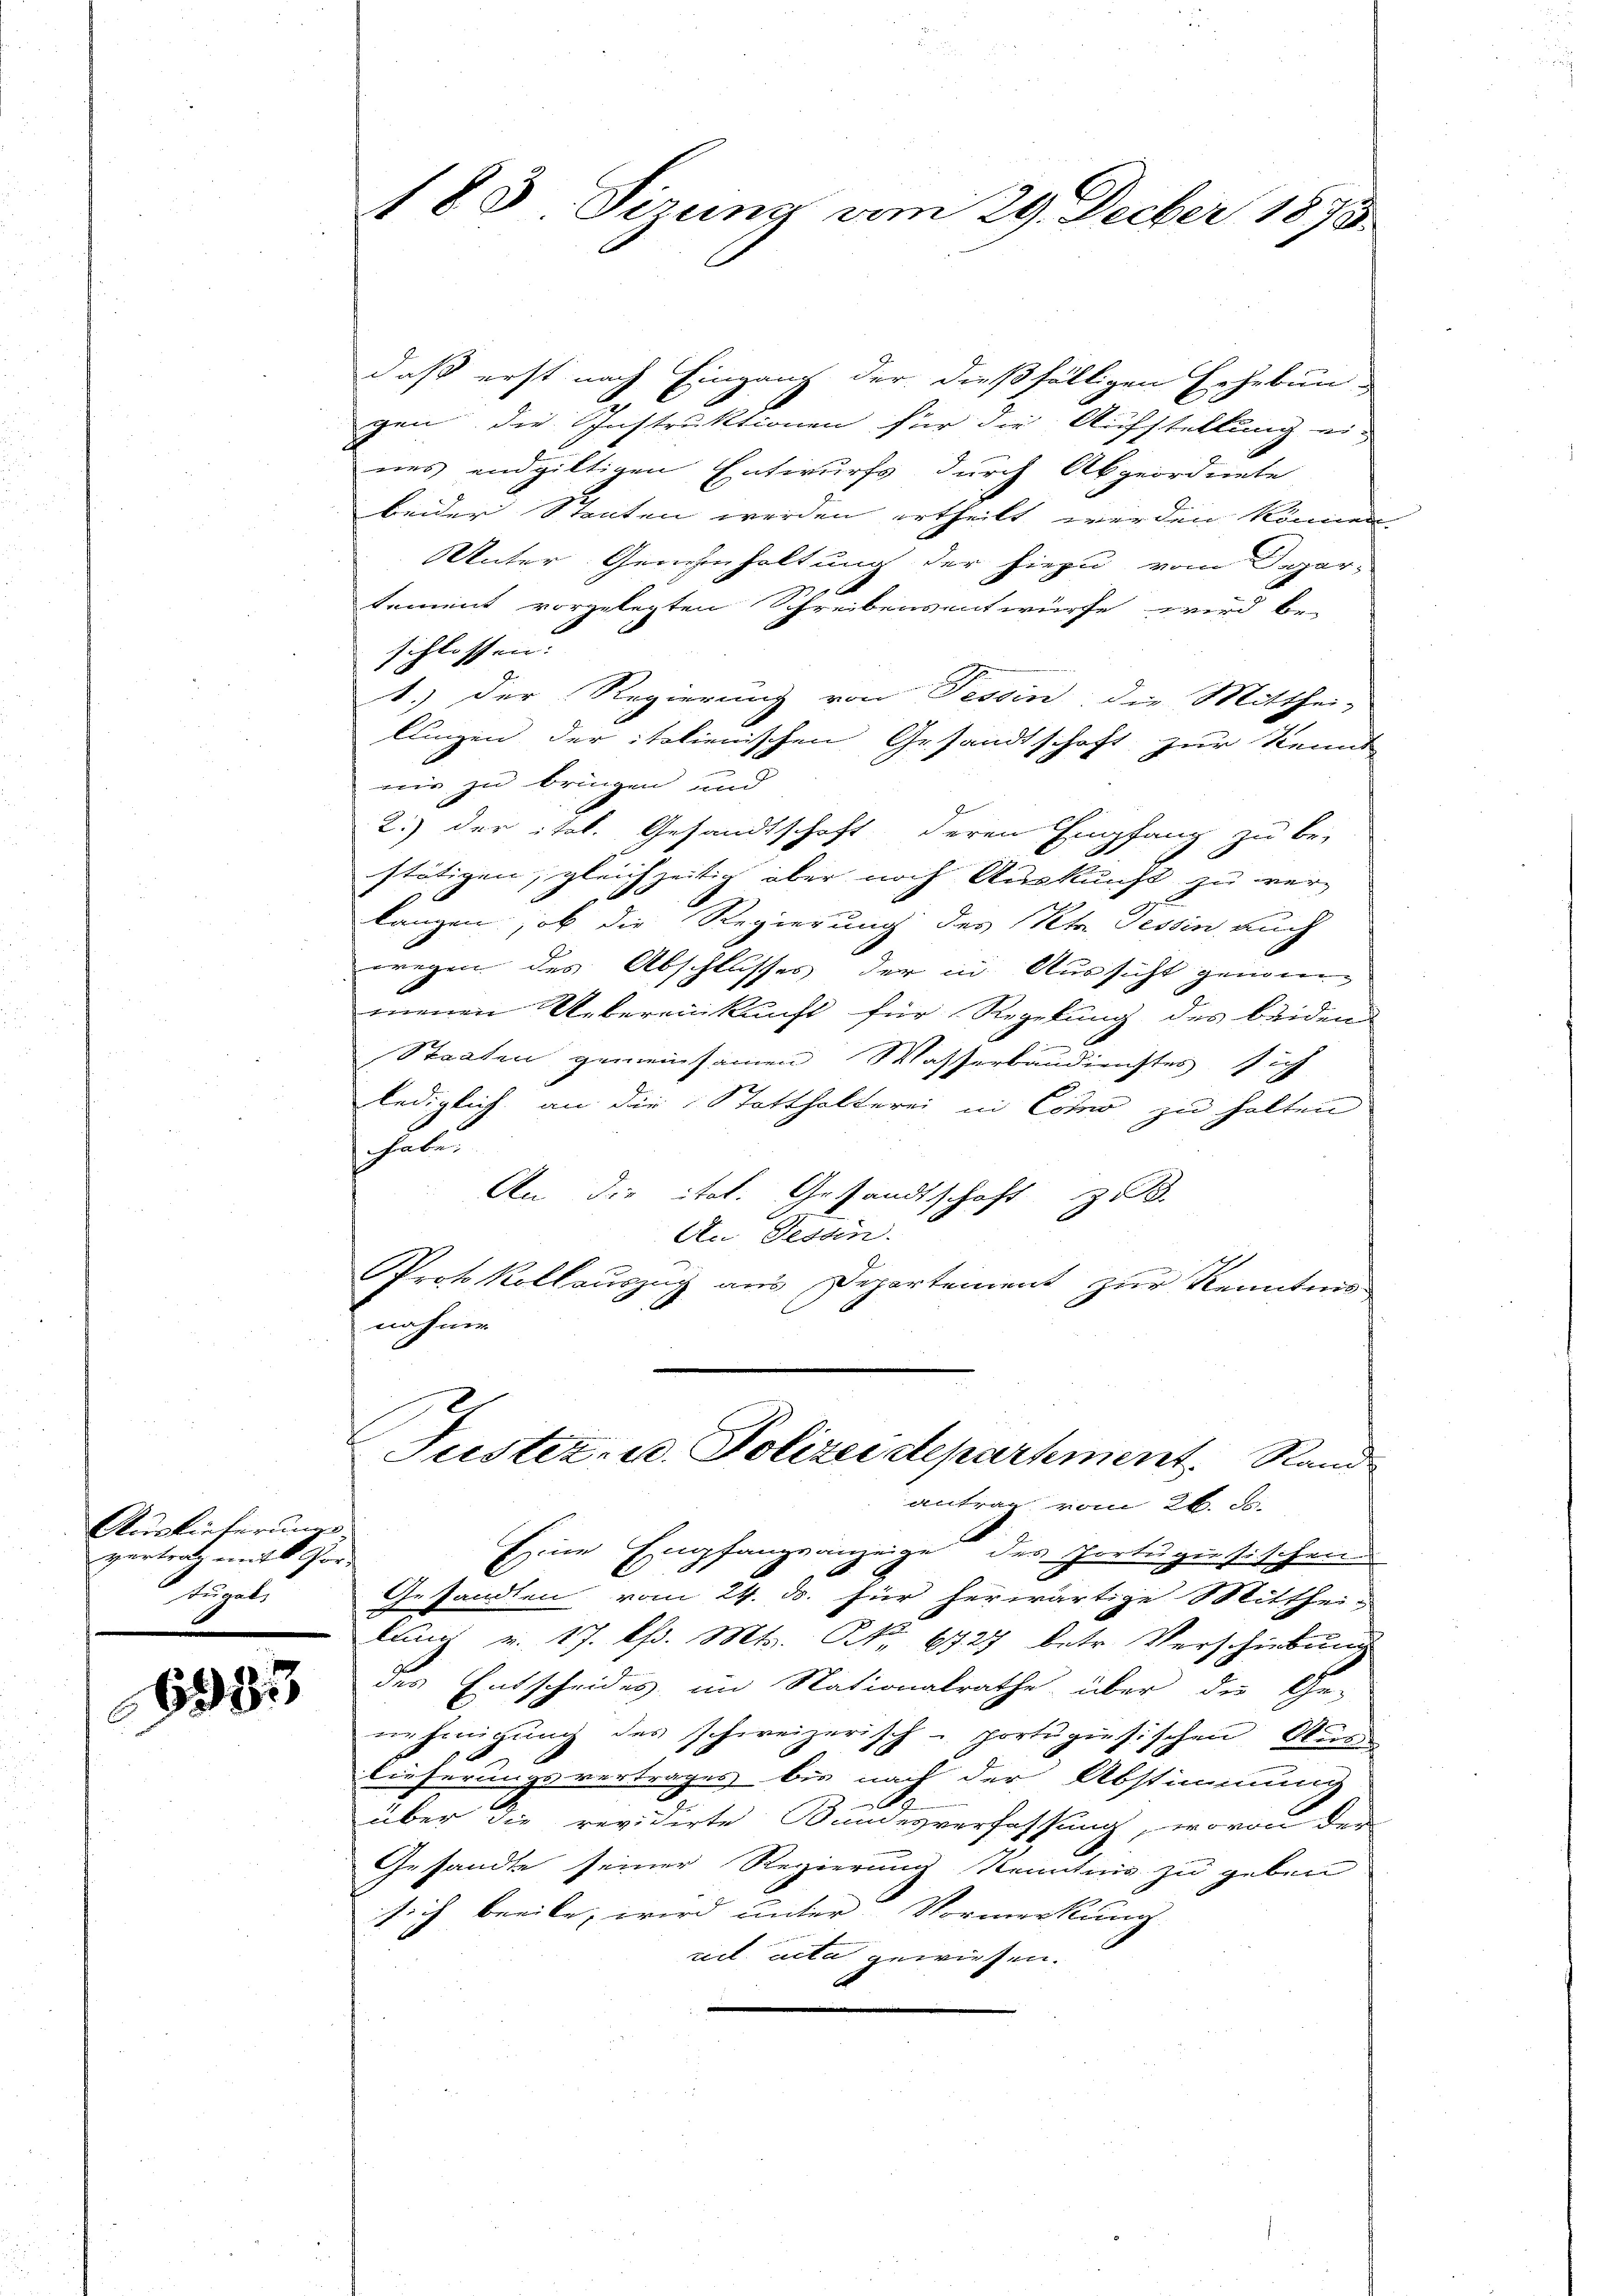
Auslieferung
vertrat, mit Vor-
kugel

6933

183 Sirung vom 29. Decber 1873.

daß erst nach Eingang der dießfälligen Erhebung
gen die Instruktionen für die Aufstellung ei-
nes endgültigen Entwurfs, durch Abgeordnete
beider Staaten werden ertheilt werden können.
UUnter Genehmhaltung der hiezu vom Depar-
tement vorgelegten Schreibensentwürfe wird be-
schlossen:
1.) Der Regierung von Tessin, die Mitthei-
lungen der italienischen Gesandtschaft zur Kennt
nis zu bringen und
2.) der ital. Gesandtschaft deren Empfang zu be-
stätigen, gleichzeitig aber noch Auskunft zu ver-
langen, ob die Regierung des Kts. Tessin auch
wegen des Abschlusses der in Aussicht genomen
menen Uebereinkunft für Regelung des beiden
Staaten gemeinsamen Wasserbaudienstes, sich
lediglich an die Statthalterei in Como zu halten
haben
An die ital. Gesandtschaft z. B.
An Gedan.
Protokollauszug aus Departement zur Kenntnis
nahme
.
Justiz- u. Polizeidepartment. Rande

antrag vom 26. J
2
Eine Empfangsanzeige des Portugisischen
Gesandten vom 24. ds. für herwärtige Mitthei-
lung u. 17. Chr. Mts. Nr. 6727 betr. Verschiebung

des Entscheides, im Nationalrathe über die Ge-
ie einigung des schweizerisch - portugisischen Aus
lieferungsvertrages bis nach der Abstimmung
über die revidirte Bundesverfassung, wovon der
Gesandte seiner Regierung Kenntnis zu geben
sich beeile, wird unter Vormerkung
rel acta gewiesen.